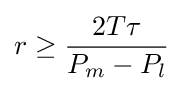
r\geq {\frac {2T\tau }{P_{m}-P_{l}}}